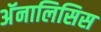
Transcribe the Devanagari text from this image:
अॅनालिसिस